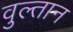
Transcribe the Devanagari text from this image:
वुल्तान